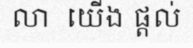
លា  យើង ផ្តល់